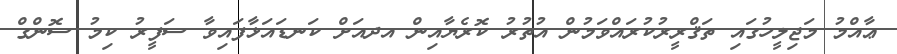
ޢާއްމު މަޖިލީހުގައި ތަޤްރީރުކުރައްވަމުން އުތުރު ކޮރެޔާއިން އދއަށް ކަނޑައަޅާފައިވާ ސަފީރު ކިމު ސޮންގް